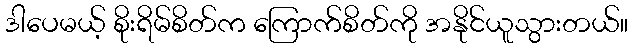
ဒါပေမယ့် စိုးရိမ်စိတ်က ကြောက်စိတ်ကို အနိုင်ယူသွားတယ်။